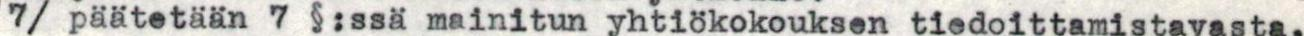
7/ päätetään 7 §:ssä mainitun yhtiökokouksen tiedoittamistavasta.